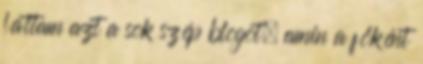
láttam azt a sok szép blogot, amin a főként